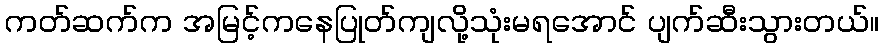
ကတ်ဆက်က အမြင့်ကနေပြုတ်ကျလို့သုံးမရအောင် ပျက်ဆီးသွားတယ်။